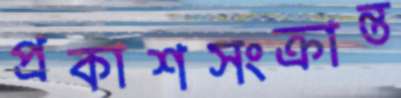
প্রকাশসংক্রান্ত